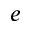
e